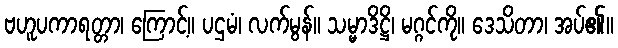
ဗဟူပကာရတ္တာ၊ ကြောင့်။ ပဌမံ၊ လက်မွန်။ သမ္မာဒိဋ္ဌိ၊ မဂ္ဂင်ကို။ ဒေသိတာ၊ အပ်၏။